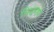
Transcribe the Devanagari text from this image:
सिद्धगण